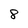
Character: 8